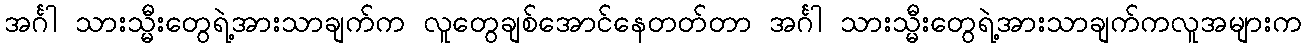
အင်္ဂါ သားသ္မီးတွေရဲ့အားသာချက်က လူတွေချစ်အောင်နေတတ်တာ အင်္ဂါ သားသ္မီးတွေရဲ့အားသာချက်ကလူအများက